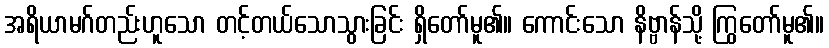
အရိယာမဂ်တည်းဟူသော တင့်တယ်သောသွားခြင်း ရှိတော်မူ၏။ ကောင်းသော နိဗ္ဗာန်သို့ ကြွတော်မူ၏။